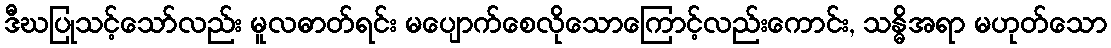
ဒီဃပြုသင့်သော်လည်း မူလဓာတ်ရင်း မပျောက်စေလိုသောကြောင့်လည်းကောင်း, သန္ဓိအရာ မဟုတ်သော